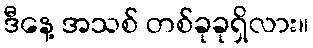
ဒီနေ့ အသစ် တစ်ခုခုရှိလား။